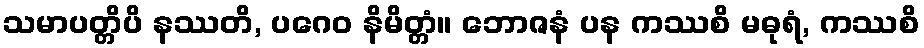
သမာပတ္တိပိ နဿတိ, ပဂေဝ နိမိတ္တံ။ ဘောဇနံ ပန ကဿစိ မဓုရံ, ကဿစိ